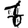
Digit: 6